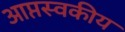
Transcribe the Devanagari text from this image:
आप्तस्वकीय